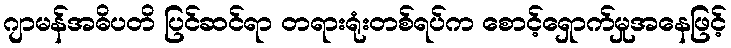
ဂျာမန်အဓိပတိ ပြင်ဆင်ရာ တရားရုံးတစ်ရပ်က စောင့်ရှောက်မှုအနေဖြင့်